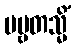
ပဗ္ဗတသ္မိံ